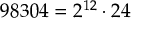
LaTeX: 9 8 3 0 4 = 2 ^ { 1 2 } \cdot 2 4